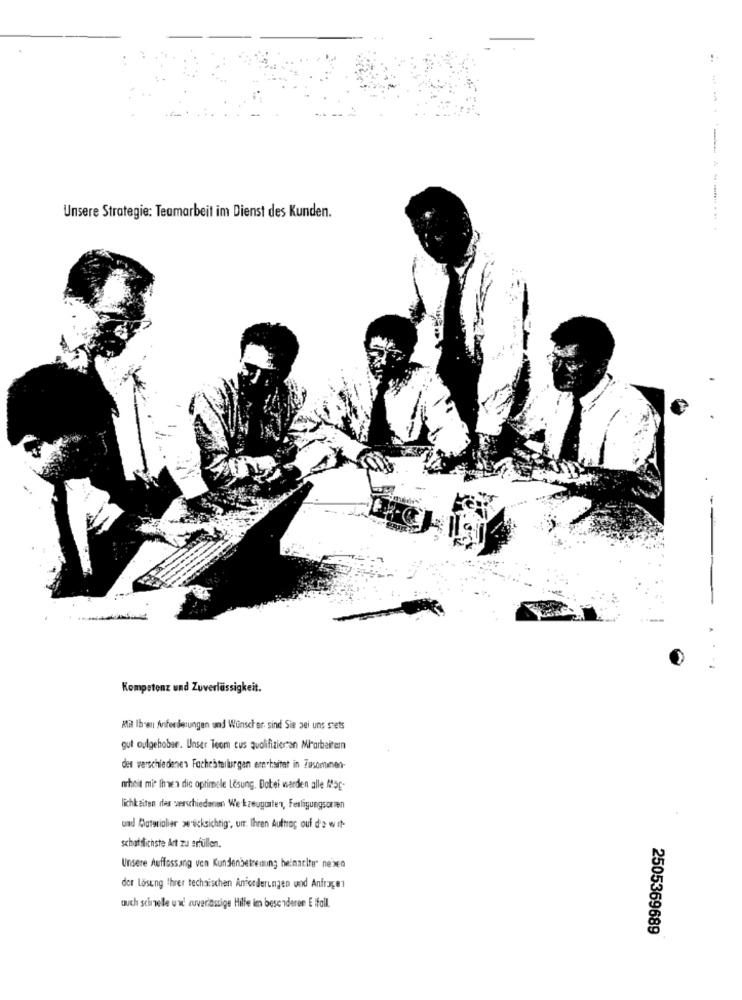
:
-----
Unsere Strategie: Teamarbeit im Dienst des Kunden.
Kompetenz und Zuverlässigkeit.
Mit Ihren Anforderungen und Wünscher sind Sie bei uns stets
gut oulgehobar. Unser Teom cus qualifizierten Miarbeitern
der verschiedenen Fachesteilurgen em haitet in Fusominen-
nrheit mit Ihnen die optimale Lösung. Datei warden alle M5g-
lichkeiten des verschiedenen Werkzeugunten, Fesligungsorten
und Materialier we sicksichtig", um. Ihren Auftrag oui d'e wit-
schatilichste Art zu erfüllen.
Unsere Auffassung ven Kundenbetreuung beinacite" neizen
der Lösung threr technischen Anforderungen und Anfragen
auch schnelle u wd zuveriassige Hilfe im besonderen E Ifall.
2505369689